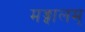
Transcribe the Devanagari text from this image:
मङ्गालम्